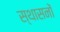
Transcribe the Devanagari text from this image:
स्थासनों